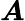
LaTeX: \boldsymbol{\mathit{A}}